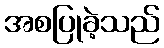
အစပြုခဲ့သည်